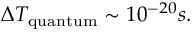
\Delta T _ { \mathrm { q u a n t u m } } \sim 1 0 ^ { - 2 0 } s .